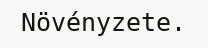
Növényzete.